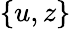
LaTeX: \{ u,z\}